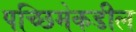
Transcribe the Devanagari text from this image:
पच्छिमेकडील